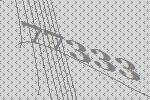
77333